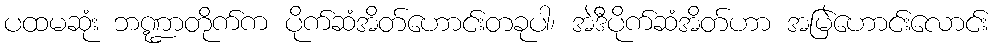
ပထမဆုံး ဘဏ္ဍာတိုက်က ပိုက်ဆံအိတ်ဟောင်းတခုပါ၊ အဲဒီပိုက်ဆံအိတ်ဟာ အမြဲဟောင်းလောင်း